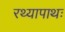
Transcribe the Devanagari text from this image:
रथ्यापाथः